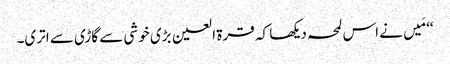
‘‘ مَیں نے اس لمحہ دیکھا کہ قرۃ العین بڑی خوشی سے گاڑی سے اتری۔